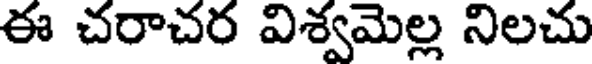
ఈ చరాచర విశ్వమెల్ల నిలచు